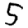
Digit: 5